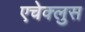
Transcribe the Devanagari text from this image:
एचेक्लुस